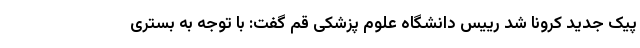
پیک جدید کرونا شد رییس دانشگاه علوم پزشکی قم گفت: با توجه به بستری